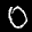
Label: 0